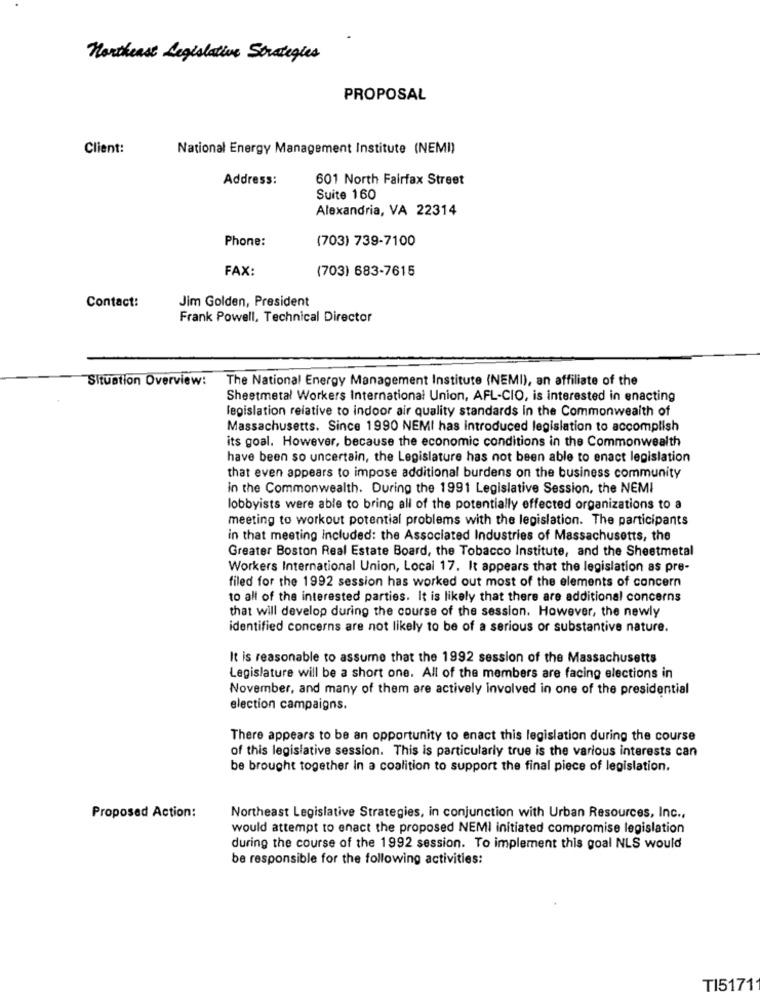
Northeast Legislative Strategies
PROPOSAL
Client:
National Energy Management Institute (NEMI)
Address:
601 North Fairfax Street
Suite 160
Alexandria, VA 22314
Phone:
(703) 739-7100
FAX:
(703) 683-7615
Contact:
Jim Golden, President
Frank Powell, Technical Director
Situation Overview:
The National Energy Management Institute (NEMI), an affiliate of the
Sheetmetal Workers International Union, AFL-CIO, is interested in enacting
legislation relative to indoor air quality standards in the Commonwealth of
Massachusetts. Since 1990 NEMI has introduced legislation to accomplish
its goal. However, because the economic conditions in the Commonwealth
have been so uncertain, the Legislature has not been able to enact legislation
that even appears to impose additional burdens on the business community
in the Commonwealth. During the 1991 Legislative Session, the NEMI
lobbyists were able to bring all of the potentially effected organizations to a
meeting to workout potential problems with the legislation. The participants
in that meeting included: the Associated Industries of Massachusetts, the
Greater Boston Real Estate Board, the Tobacco Institute, and the Sheetmetal
Workers International Union, Local 17. It appears that the legislation as pre-
filed for the 1992 session has worked out most of the elements of concern
to all of the interested parties. It is likely that there are additional concerns
that will develop during the course of the session. However, the newly
identified concerns are not likely to be of a serious or substantive nature.
It is reasonable to assume that the 1992 session of the Massachusetts
Legislature will be a short one. All of the members are facing elections in
November, and many of them are actively involved in one of the presidential
election campaigns.
There appears to be an opportunity to enact this legislation during the course
of this legislative session. This is particularly true is the various interests can
be brought together In a coalition to support the final piece of legislation.
Proposed Action:
Northeast Legislative Strategies, in conjunction with Urban Resources, Inc .,
would attempt to enact the proposed NEMI initiated compromise legislation
during the course of the 1992 session. To implement this goal NLS would
be responsible for the following activities:
TI5171